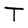
Character: T